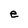
Character: e